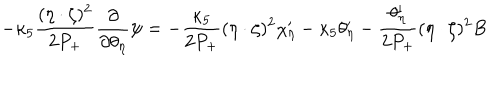
- \kappa _ { 5 } \frac { ( \eta \cdot \zeta ) ^ { 2 } } { 2 P _ { + } } \frac { \partial } { \partial \theta _ { \eta } } \psi = - \frac { \kappa _ { 5 } } { 2 P _ { + } } ( \eta \cdot \zeta ) ^ { 2 } \chi _ { \eta } ^ { \prime } - \kappa _ { 5 } \theta _ { \eta } ^ { \prime } - \frac { \theta _ { \eta } ^ { \prime } } { 2 P _ { + } } ( \eta \cdot \zeta ) ^ { 2 } B